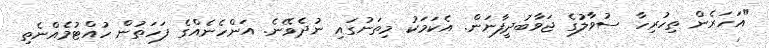
"އަހަރެން ތިހުރިހާ ސުވާލުގެ ޖަވާބުދީފާނަން. އެކަމަކު މިތަނުގައި ނުދެވޭނެ. އަންހެނެއްގެ ފަހަތުން ހުއްޓުމެއްނެތި